65_HS1-834228961_62-HQ-83894_Serial_130
Agency: FBI
Page 91
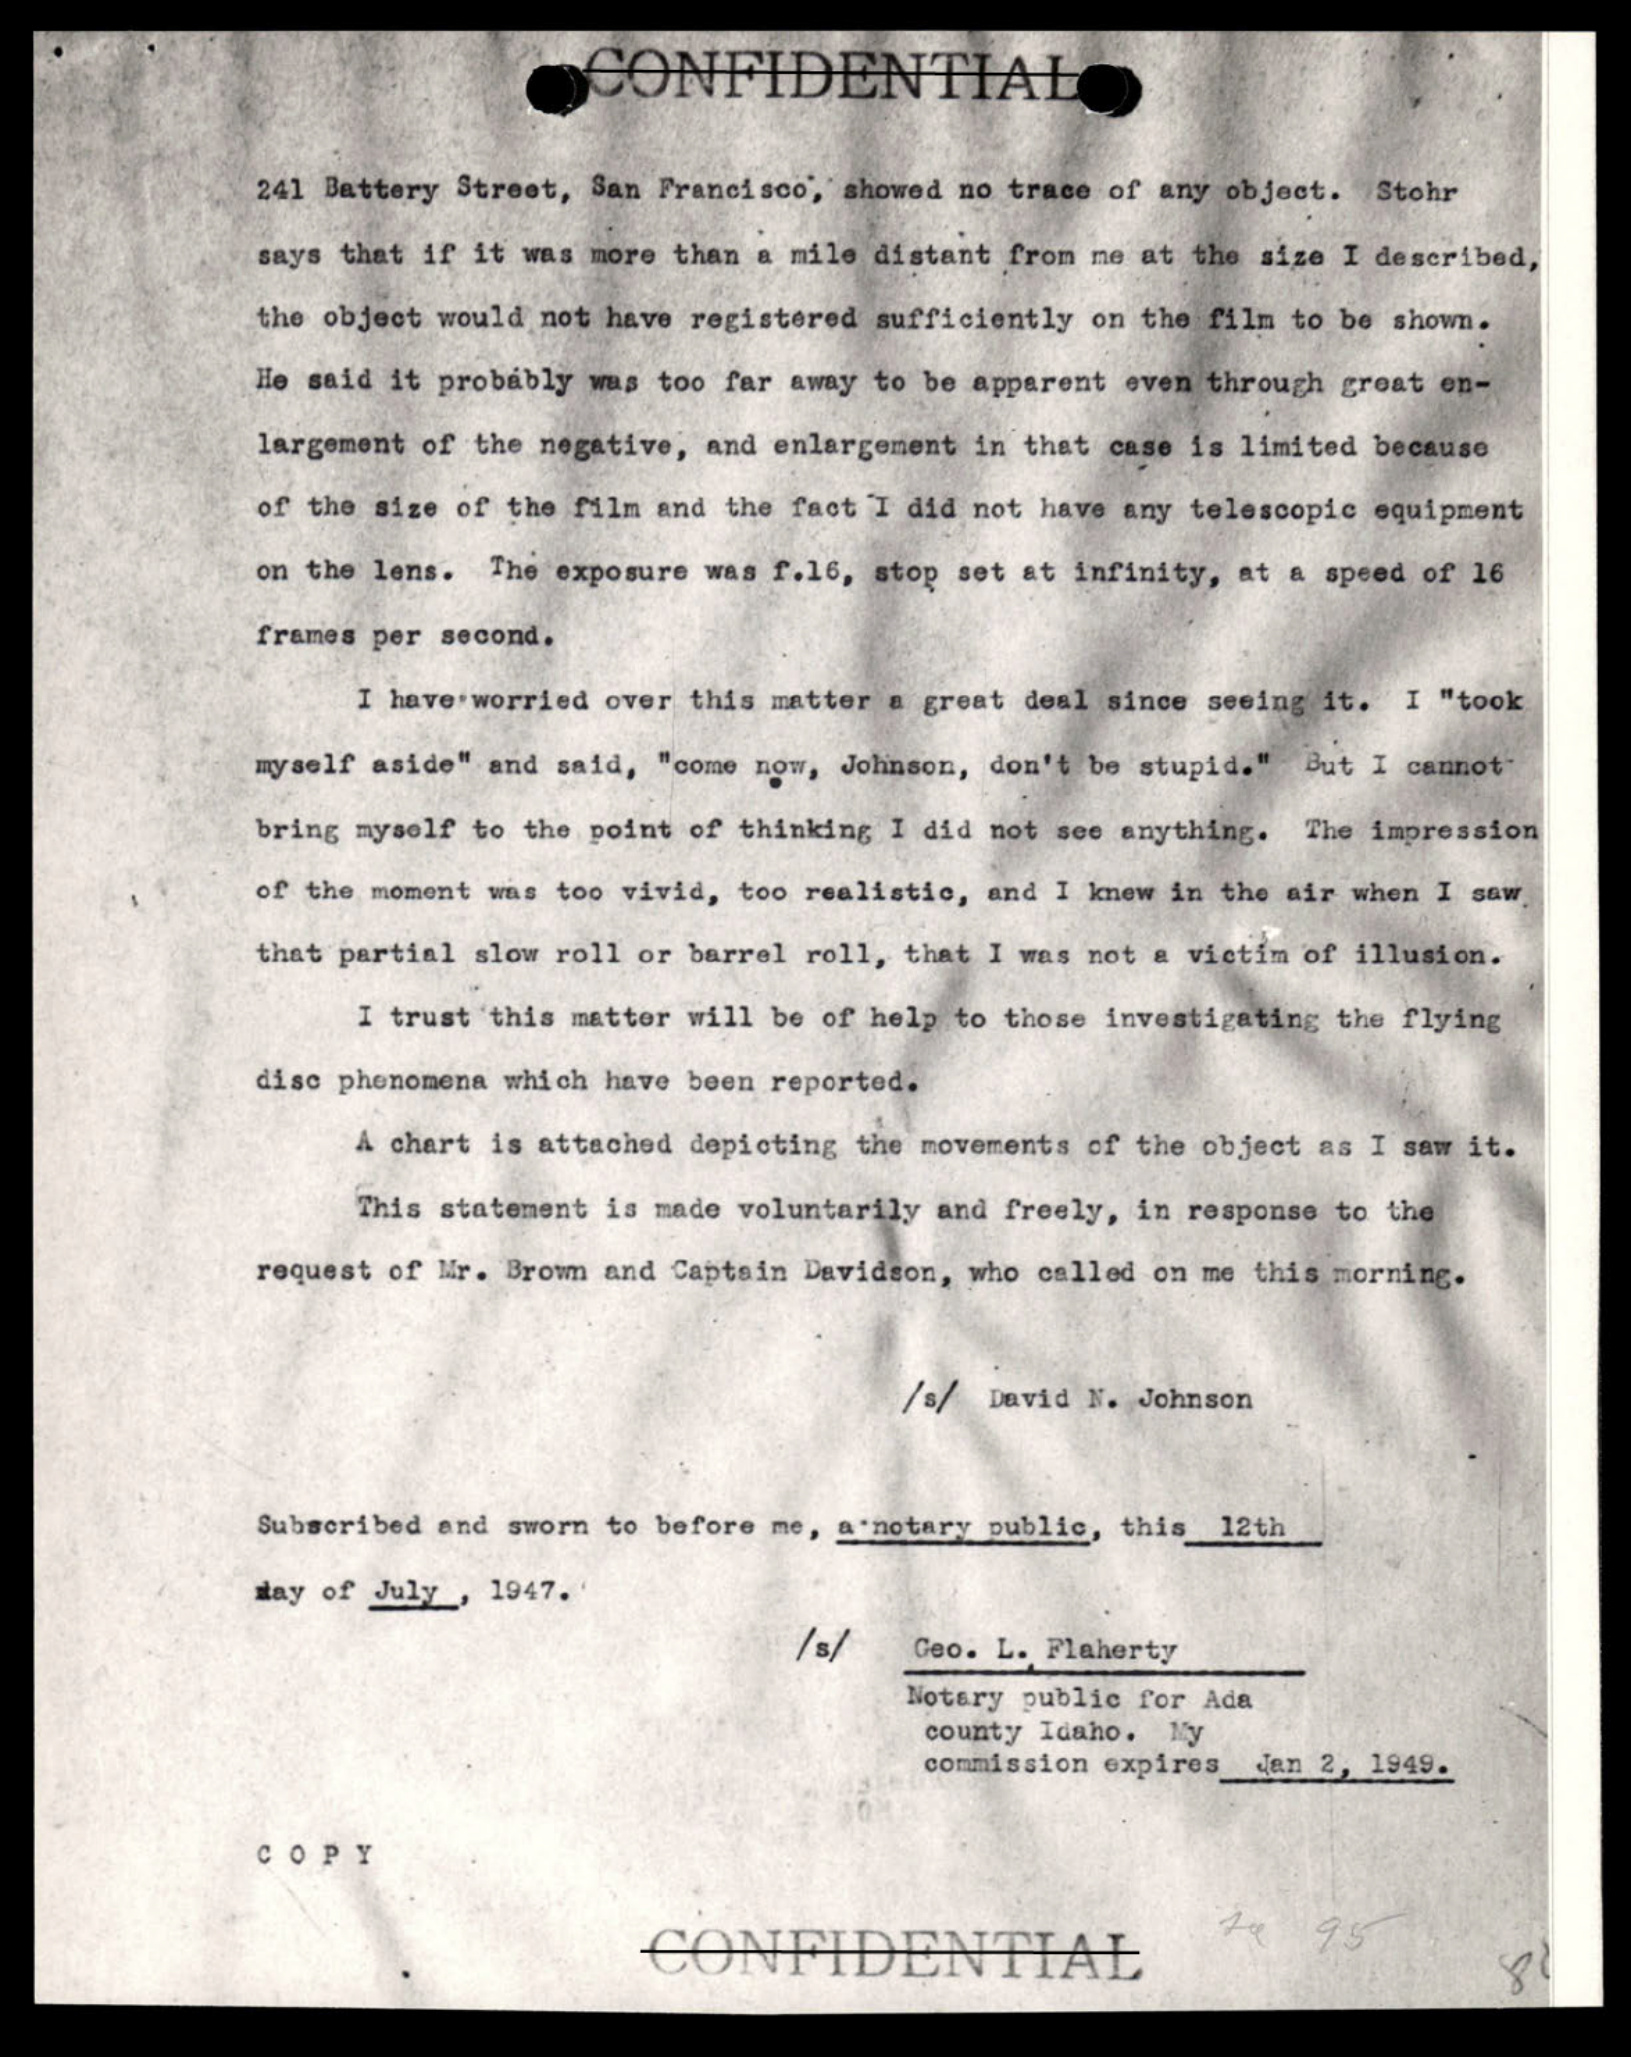